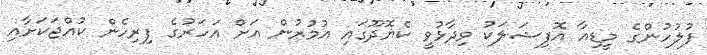
ފުލުހުންގެ މީޑިއާ އޮފިޝަލަކު ވިދާޅުވީ ކެޔޮދޫގައި އުމުރުން އަށް އަހަރުގެ ފިރިހެން ކުއްޖަކަށާއި